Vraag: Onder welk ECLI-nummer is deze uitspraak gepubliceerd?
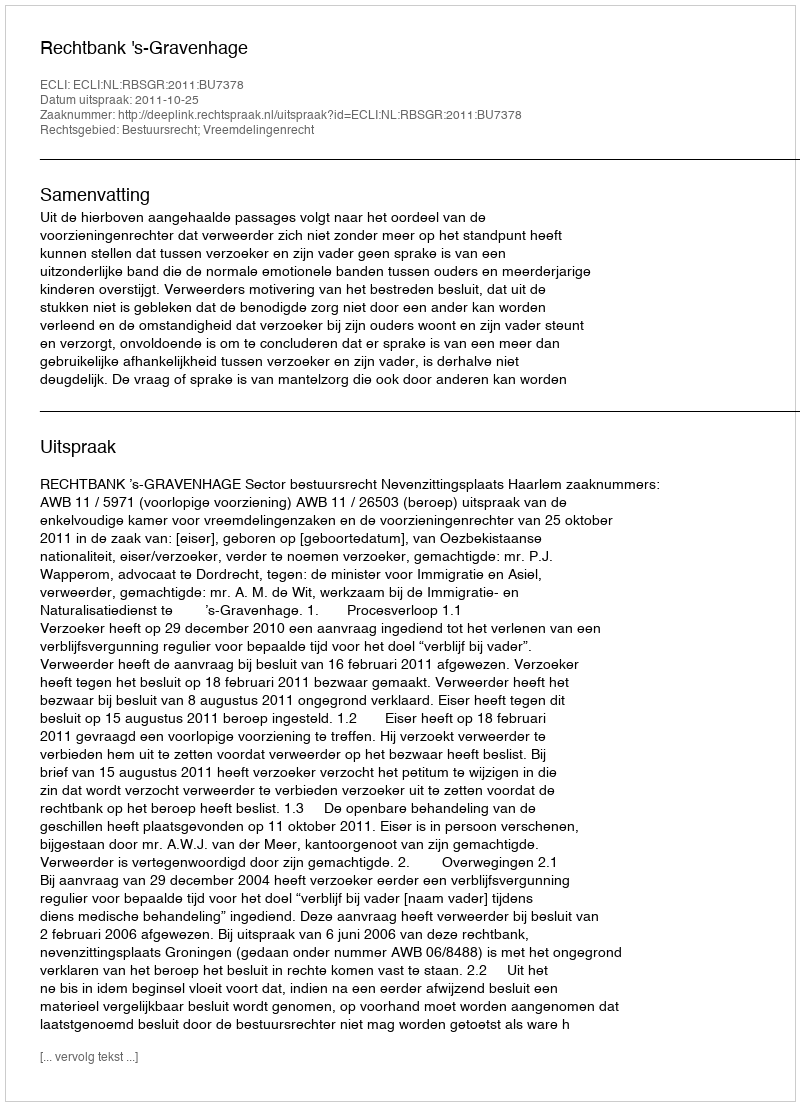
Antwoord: ECLI:NL:RBSGR:2011:BU7378